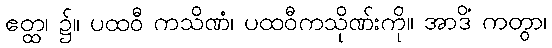
ဧတ္ထ၊ ၌။ ပထဝီ ကသိဏံ၊ ပထဝီကသိုဏ်းကို။ အာဒိံ ကတွာ၊